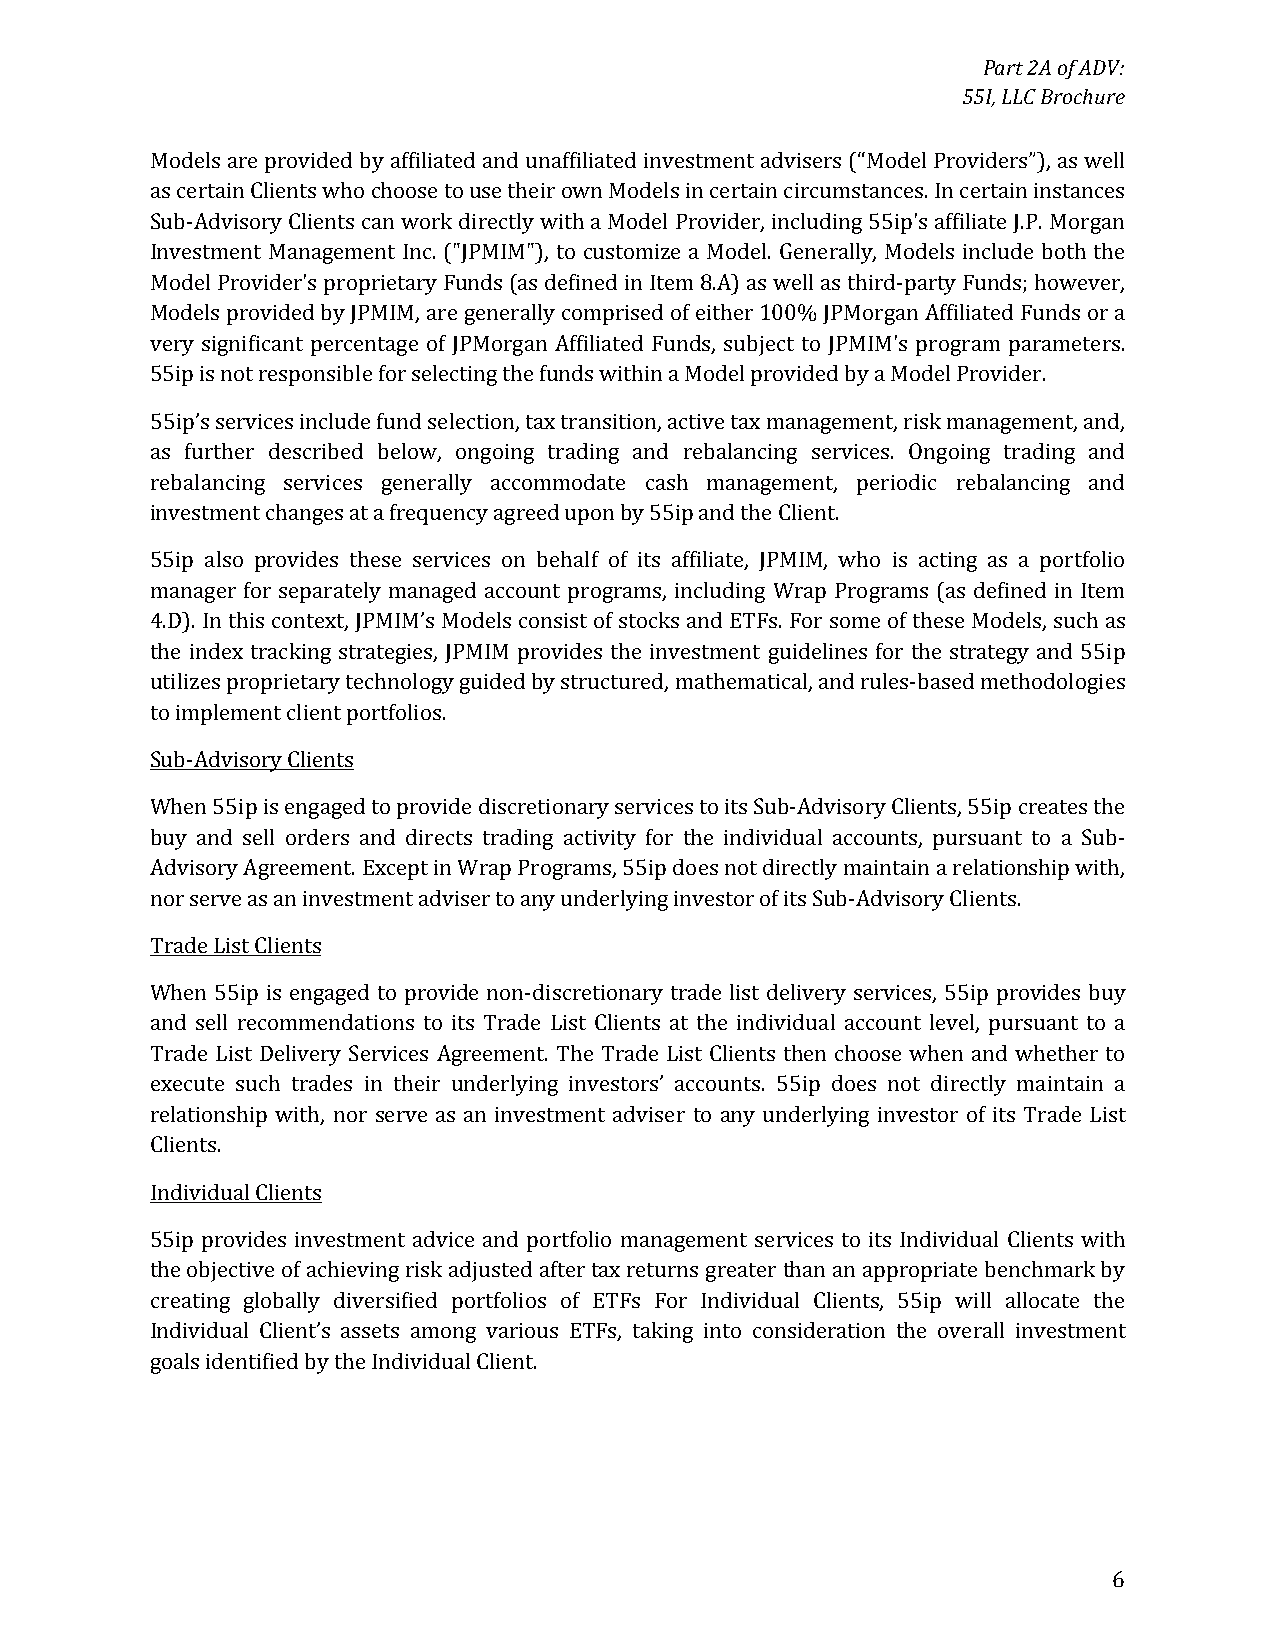
Part 2A of ADV:
 55I, LLC Brochure
 Models are provided by affiliated and unaffiliated investment advisers (“Model Providers”), as well
 as certain Clients who choose to use their own Models in certain circumstances. In certain instances
 Sub-Advisory Clients can work directly with a Model Provider, including 55ip's affiliate J.P. Morgan
 Investment Management Inc. ("JPMIM"), to customize a Model. Generally, Models include both the
 Model Provider's proprietary Funds (as defined in Item 8.A) as well as third-party Funds; however,
 Models provided by JPMIM, are generally comprised of either 100% JPMorgan Affiliated Funds or a
 very significant percentage of JPMorgan Affiliated Funds, subject to JPMIM's program parameters.
 55ip is not responsible for selecting the funds within a Model provided by a Model Provider.
 55ip’s services include fund selection, tax transition, active tax management, risk management, and,
 as further described below, ongoing trading and rebalancing services. Ongoing trading and
 rebalancing services generally accommodate cash management, periodic rebalancing and
 investment changes at a frequency agreed upon by 55ip and the Client.
 55ip also provides these services on behalf of its affiliate, JPMIM, who is acting as a portfolio
 manager for separately managed account programs, including Wrap Programs (as defined in Item
 4.D). In this context, JPMIM’s Models consist of stocks and ETFs. For some of these Models, such as
 the index tracking strategies, JPMIM provides the investment guidelines for the strategy and 55ip
 utilizes proprietary technology guided by structured, mathematical, and rules-based methodologies
 to implement client portfolios.
 Sub-Advisory Clients
 When 55ip is engaged to provide discretionary services to its Sub-Advisory Clients, 55ip creates the
 buy and sell orders and directs trading activity for the individual accounts, pursuant to a Sub-
 Advisory Agreement. Except in Wrap Programs, 55ip does not directly maintain a relationship with,
 nor serve as an investment adviser to any underlying investor of its Sub-Advisory Clients.
 Trade List Clients
 When 55ip is engaged to provide non-discretionary trade list delivery services, 55ip provides buy
 and sell recommendations to its Trade List Clients at the individual account level, pursuant to a
 Trade List Delivery Services Agreement. The Trade List Clients then choose when and whether to
 execute such trades in their underlying investors’ accounts. 55ip does not directly maintain a
 relationship with, nor serve as an investment adviser to any underlying investor of its Trade List
 Clients.
 Individual Clients
 55ip provides investment advice and portfolio management services to its Individual Clients with
 the objective of achieving risk adjusted after tax returns greater than an appropriate benchmark by
 creating globally diversified portfolios of ETFs For Individual Clients, 55ip will allocate the
 Individual Client’s assets among various ETFs, taking into consideration the overall investment
 goals identified by the Individual Client.
 6